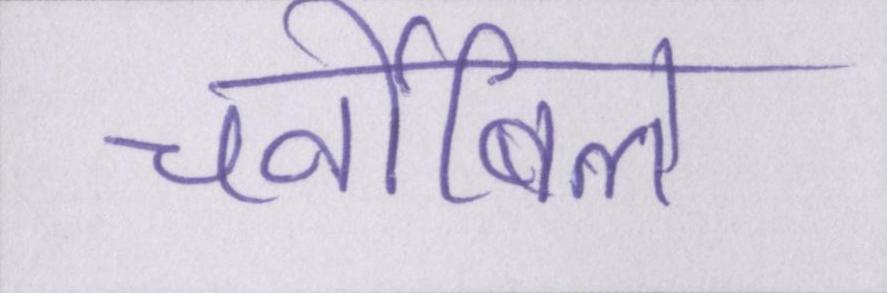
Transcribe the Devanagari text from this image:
चर्नोबिल